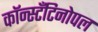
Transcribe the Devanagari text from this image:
कॉन्स्टॅंटिनोपल